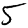
Digit: 5